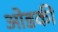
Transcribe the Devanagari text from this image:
ओडकी